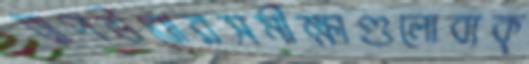
বাপউবোরসমীক্ষাগুলোব্যক্